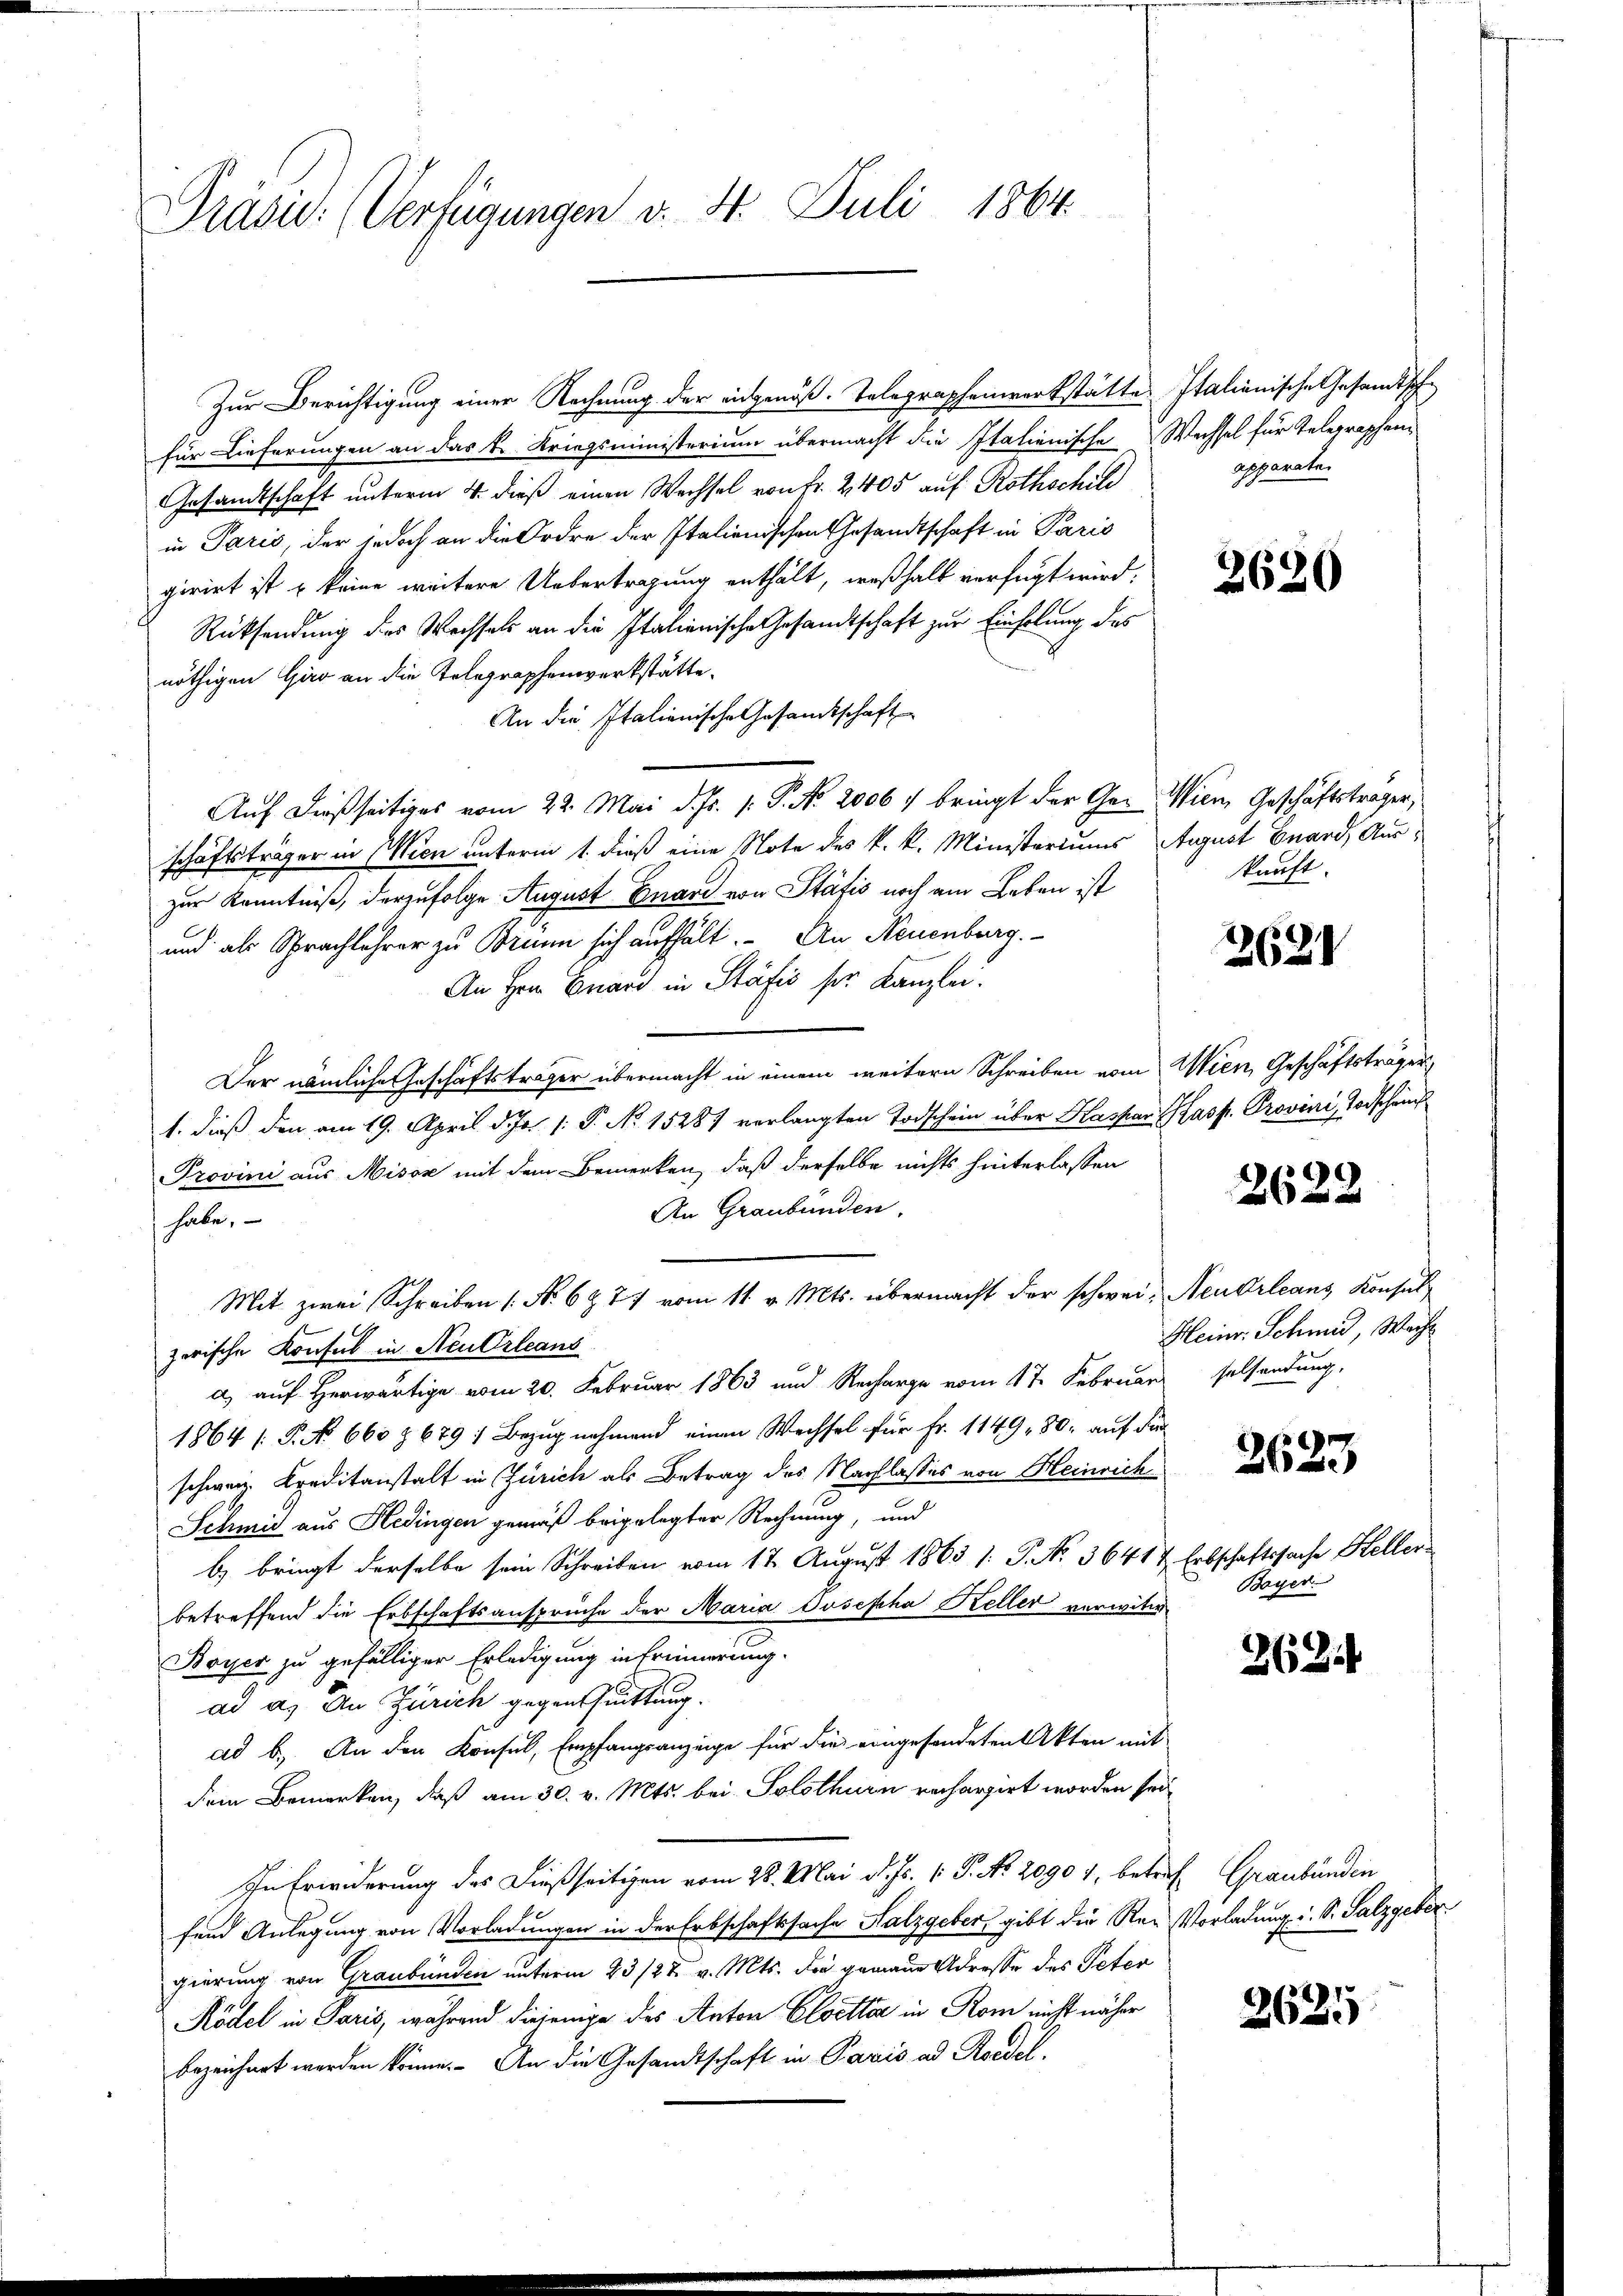
Präsid. (Verfügungen v. 4. Juli 1864.

Zur Berichtigung einer Rechnung der eingenöß-Telegraphenwerkstätte
für Lieferungen an das k. Kriegsministerium übermacht die Italienische Wechsel für Telegraphen
Gesandtschaft unterm 4. dieß einen Wechsel von Fr. 2405 auf Rothschild
in Paris, der jedoch an die Ordre der Italienischen Gesandtschaft in Paris
girirt ist u keine weitere Uebertragung enthält, weßhalb verfügt wird.
Rücksendung des Wechsels an die Italienische Gesandtschaft zur Einholung des
nöthigen Giro an die Telegraphenwerkstätte.
An die Italienische Gesamtschaft
Auf dießseitiges vom 22. Mai d. Js. v. P. No 20067 bringt der Ge- Wien Geschäftsträger,
schäftsträger in Wien unterm 1. dieß eine Note des k. k. Ministeriums August Guard, Auszur Kenntniß, derzufolge August Guard von Stäfis noch am Leben ist
und als Sprachlehrer zu Brünn sich aufhält. An Neuenburg.
An Hern Enard in Stäfić ser Kanzlei.
Der nämliche Geschäftsträger übermacht in einem weitern Schreiben vom
1. dieß den am 19. April d. Js. s. S. No 1528 verlangten Todschein über Kaspar Kasp. Provini, Todschauch
Provini aus Misox mit dem Bemerken, daß derselbe nichts hinterlassen
An Graubünden.
habe.
Mit zwei Schreiben (Nr. 6 & 77 vom 11 v. Mts. übermacht der schwei- Neudrleans Konsul
zerische Konsul in Neu Orleans
a) auf herwärtige vom 20. Februar 1863 und Recharge vom 1te Februar selsendung,
1864 (P. No 660 § 679 : Bezug nehmend einen Wechsel für Fr. 1149. 80. auf die
schweiz. Kreditanstalt in Zürich als Betrag des Nachlasses von Heinrich¬
Schmid aus Hedingen gemäß beigelegter Rechnung, und
b) bringt derselbe sein Schreiben vom 17. August 1863 1: P. No. 36414
betreffend die Erbschaftsansprüche der Maria Josepha Keller verwitw
Boyer zu gefälliger Erledigung in Erinnerung.
ad a. In Zürich gegentuittung.
ad b.) An den Konsul, Empfangsanzeige für die eingesondeten Akten mit
dem Bemerken, daß am 30. v. Mts. bei Solothurn rechargirt worden sei
In Erwiderung des dießseitigen vom 28. Mai d. Js. v. P. No. 2090 7, betrefend Anlegung von Vorladungen in der Erbschaftssache Halzgeber, gibt die Re-
gierung von Graubünden unterm 23/27. v. Mts. die gemaue Adresse des Peter
Rödel in Paris, während diejenige des Anton Elsetter in Rom nicht näher
bezeichnet werden könne. An die Gesandtschaft in Paris ad Roedel.

Italienische Gesandtsche
apparaten

2620

kunft.

2621

Wien, Geschäftsträger

2622

Heinr. Schmid, Wach

2623

Erbschaftssache Heller
Bayer.

2624

Graubünden
Vorladung u. S. Salzgeber

2621